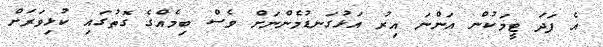
އެ ފަދަ ޓީމަކުން އަންނަ އިރު އަޅުގަނޑުމެންނަށް ވެސް ބިމެއްގެ ގޮތުގައި ކުޅިވަރަށް